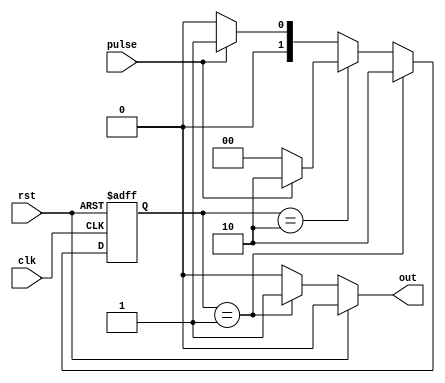
`timescale 1ns / 1ps
//////////////////////////////////////////////////////////////////////////////////
// Rose-Hulman Institute of Technology
// Tom D'Agostino
// ECE398 CAN Controller Design
// 
// Module Name:    BaudGen
// Project Name:   CANBUS
// Target Devices: Nexys 3 running a Xilinx Spartan6 XC6LX16-CS324
// Description: One-shot for the CRC 
//////////////////////////////////////////////////////////////////////////////////
module OneShot(
    input pulse,
    input clk,
    input rst,
    output reg out
    );
initial out = 0;
parameter waiting_l = 2'b00, on = 2'b01, waiting_h = 2'b10;
reg[1:0] next_state, current_state;

always @ (posedge clk or posedge rst) begin
	if(rst) begin
		current_state <= waiting_l;
	end
	else begin
		current_state <= next_state;
	end
end

always @ (current_state or pulse) begin
	if(current_state == on) begin
		next_state <= waiting_h;
	end
	else if(current_state == waiting_h) begin
		if(pulse) begin
			next_state <= waiting_h;
		end
		else begin
			next_state <= waiting_l;
		end
	end
	else if(pulse) begin
		next_state<= on;
	end
	else begin
		next_state<= waiting_l;
	end
end

always @(current_state or rst) begin
	if(rst)
		out <= 1'b0;
	else if(current_state == on)
		out <= 1'b1;
	else 
		out <= 1'b0;
end








endmodule